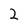
Character: 2